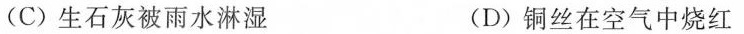
(C)生石灰被雨水淋湿 (D)铜丝在空气中烧红